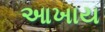
આખાય